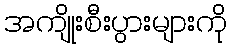
အကျိုးစီးပွားများကို